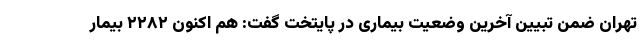
تهران ضمن تبیین آخرین وضعیت بیماری در پایتخت گفت: هم اکنون ۲۲۸۲ بیمار